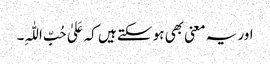
اور یہ معنی بھی ہو سکتے ہیں کہ عَلیٰ حُبِّ اللّٰہِ۔